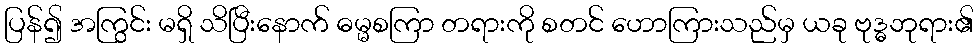
ပြန်၍ အကြွင်း မရှိ သိပြီးနောက် ဓမ္မစကြာ တရားကို စတင် ဟောကြားသည်မှ ယခု ဗုဒ္ဓဘုရား၏